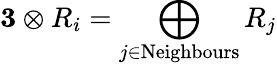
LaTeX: {\mathbf 3}\otimes R_{i}=\bigoplus_{j\in\mathrm{Neighbours}}R_{j}